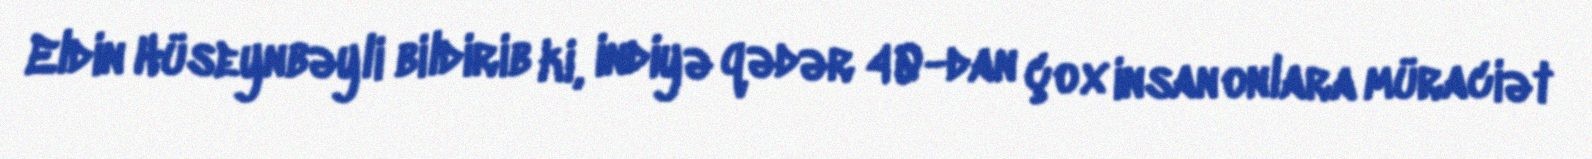
Eldin Hüseynbəyli bildirib ki, indiyə qədər 40-dan çox insan onlara müraciət